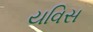
યવિસ